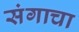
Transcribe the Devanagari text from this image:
संगाचा